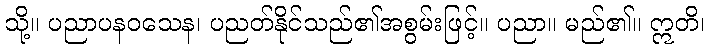
သို့။ ပညာပနဝသေန၊ ပညတ်နိုင်သည်၏အစွမ်းဖြင့်။ ပညာ။ မည်၏။ ဣတိ၊